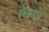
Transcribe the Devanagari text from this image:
छिनरो